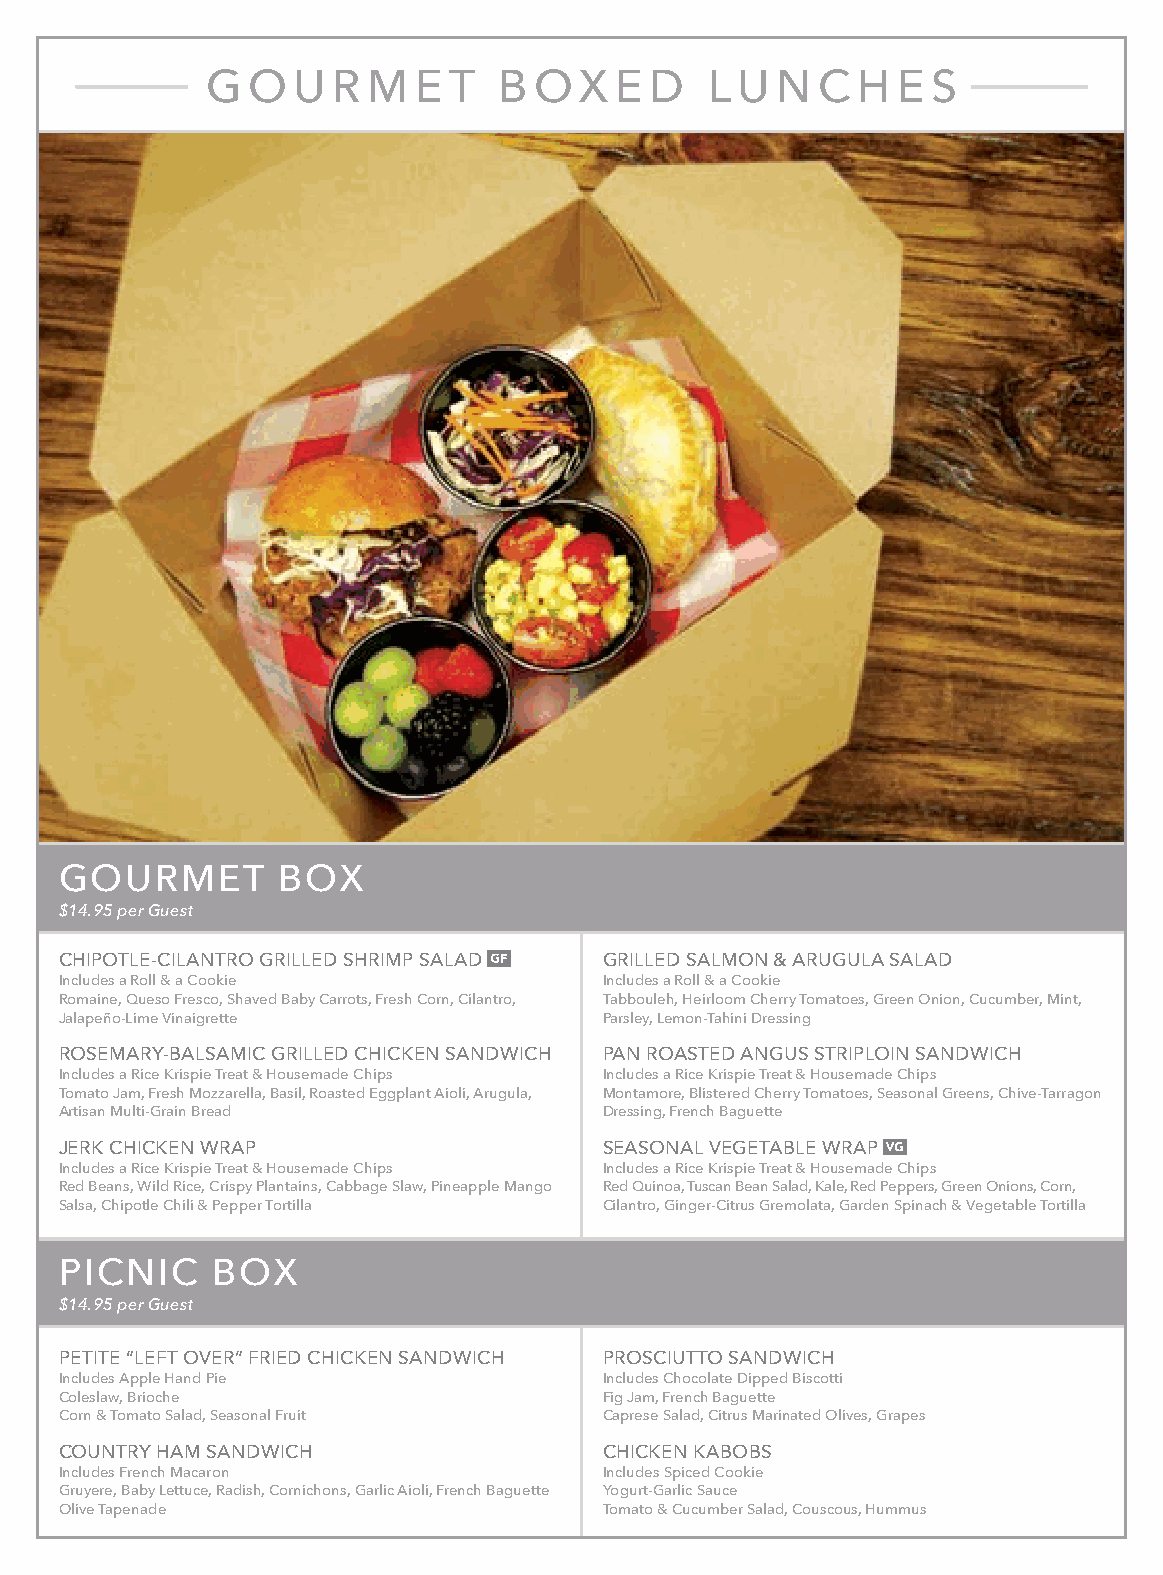
G O  U  R M  E  T  B OX    E D   LU  N  C  H E  S
 GOURMET       BOX
 $14.95 per Guest
 CHIPOTLE-CILANTRO GRILLED SHRIMP SALAD GRILLED SALMON & ARUGULA SALAD
 Includes a Roll & a Cookie          Includes a Roll & a Cookie
 Romaine, Queso Fresco, Shaved Baby Carrots, Fresh Corn, Cilantro, Tabbouleh, Heirloom Cherry Tomatoes, Green Onion, Cucumber, Mint,
 Jalapeño-Lime Vinaigrette           Parsley, Lemon-Tahini Dressing
 ROSEMARY-BALSAMIC GRILLED CHICKEN SANDWICH PAN ROASTED ANGUS STRIPLOIN SANDWICH
 Includes a Rice Krispie Treat & Housemade Chips Includes a Rice Krispie Treat & Housemade Chips
 Tomato Jam, Fresh Mozzarella, Basil, Roasted Eggplant Aioli, Arugula, Montamore, Blistered Cherry Tomatoes, Seasonal Greens, Chive-Tarragon
 Artisan Multi-Grain Bread           Dressing, French Baguette
 JERK CHICKEN WRAP                   SEASONAL VEGETABLE WRAP
 Includes a Rice Krispie Treat & Housemade Chips Includes a Rice Krispie Treat & Housemade Chips
 Red Beans, Wild Rice, Crispy Plantains, Cabbage Slaw, Pineapple Mango Red Quinoa, Tuscan Bean Salad, Kale, Red Peppers, Green Onions, Corn,
 Salsa, Chipotle Chili & Pepper Tortilla Cilantro, Ginger-Citrus Gremolata, Garden Spinach & Vegetable Tortilla
 PICNIC    BOX
 $14.95 per Guest
 PETITE “LEFT OVER” FRIED CHICKEN SANDWICH PROSCIUTTO SANDWICH
 Includes Apple Hand Pie             Includes Chocolate Dipped Biscotti
 Coleslaw, Brioche                   Fig Jam, French Baguette
 Corn & Tomato Salad, Seasonal Fruit Caprese Salad, Citrus Marinated Olives, Grapes
 COUNTRY HAM SANDWICH                CHICKEN KABOBS
 Includes French Macaron             Includes Spiced Cookie
 Gruyere, Baby Lettuce, Radish, Cornichons, Garlic Aioli, French Baguette Yogurt-Garlic Sauce
 Olive Tapenade                      Tomato & Cucumber Salad, Couscous, Hummus